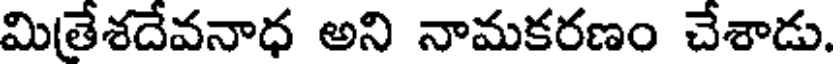
మితేశదేవనాధ అని నామకరణం చేశాడు.